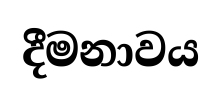
දීමනාවය